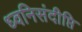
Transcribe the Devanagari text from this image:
ध्वनिसंदीप्ति